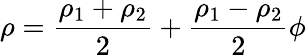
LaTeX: \rho=\frac{\rho_{1}+\rho_{2}}{2}+\frac{\rho_{1}-\rho_{2}}{2}\phi